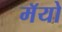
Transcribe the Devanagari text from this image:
मॅयो